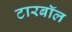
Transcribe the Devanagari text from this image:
टारबॉल